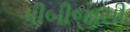
પીબીજીસી